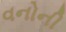
વનોની